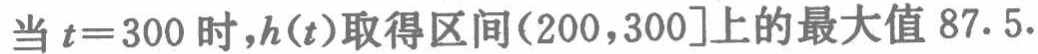
当 \(t = 300\) 时，\(h(t)\)取得区间\((200,300]\)上的最大值 \(87.5\).